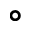
\circ